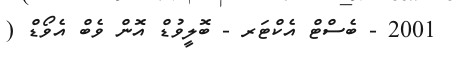
2001 - ބެސްޓް އެކްޓަރ - ބޮލީވުޑް އޮން ވެބް އެވޯޑް (